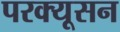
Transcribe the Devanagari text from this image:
परक्यूसन